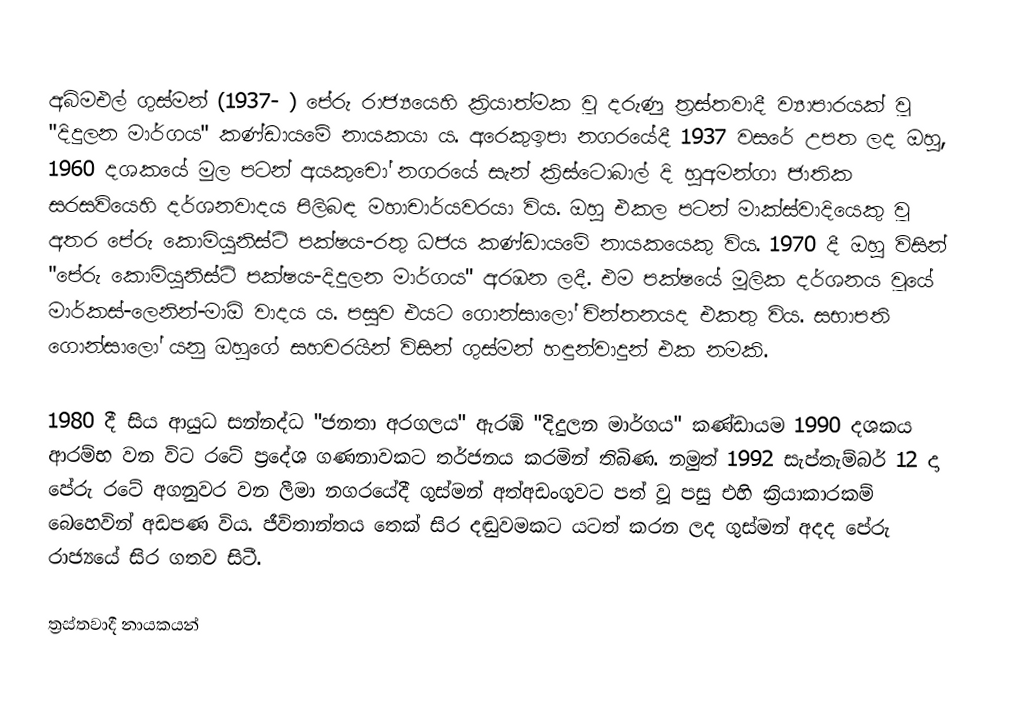
අබිමඑල් ගුස්මන් (1937- ) පේරු රාජ්‍යයෙහි ක්‍රියාත්මක වූ දරුණු ත්‍රස්තවාදී ව්‍යාපාරයක් වූ "දිදුලන මාර්ගය" කණ්ඩායමේ නායකයා ය. අරෙකුඉපා නගරයේදී 1937 වසරේ උපත ලද ඔහු, 1960 දශකයේ මුල පටන් අයකුචෝ නගරයේ සැන් ක්‍රිස්ටොබාල් දි හුඅමන්ගා ජාතික සරසවියෙහි දර්ශනවාදය පිලිබඳ මහාචාර්යවරයා විය. ඔහු එකල පටන් මාක්ස්වාදියෙකු වූ අතර පේරු කොමියුනිස්ට් පක්ෂය-රතු ධජය කණ්ඩායමේ නායකයෙකු විය. 1970 දී ඔහු විසින් "පේරු කොමියුනිස්ට් පක්ෂය-දිදුලන මාර්ගය" අරඹන ලදී. එම පක්ෂයේ මූලික දර්ශනය වූයේ මාර්කස්-ලෙනින්-මාඕ වාදය ය. පසුව එයට ගොන්සාලෝ චින්තනයද එකතු විය. සභාපති ගොන්සාලෝ යනු ඔහුගේ සහචරයින් විසින් ගුස්මන් හඳුන්වාදුන් එක නමකි.

1980 දී සිය ආයුධ සන්නද්ධ "ජනතා අරගලය" ඇරඹි "දිදුලන මාර්ගය" කණ්ඩායම 1990 දශකය ආරම්භ වන විට රටේ ප්‍රදේශ ගණනාවකට තර්ජනය කරමින් තිබිණ. නමුත් 1992 සැප්තැම්බර් 12 දා පේරු රටේ අගනුවර වන ලීමා නගරයේදී ගුස්මන් අත්අඩංගුවට පත් වූ පසු එහි ක්‍රියාකාරකම් බෙහෙවින් අඩපණ විය. ජීවිතාන්තය තෙක් සිර දඬුවමකට යටත් කරන ලද ගුස්මන් අදද පේරු රාජ්‍යයේ සිර ගතව සිටී.

ත්‍රස්තවාදී නායකයන්